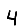
Digit: 4